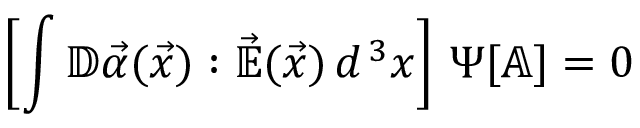
\left[ \int \mathbb { D } \vec { \alpha } ( \vec { x } ) : \vec { \mathbb { E } } ( \vec { x } ) \, d ^ { \, 3 } x \right] \, \Psi [ \mathbb { A } ] = 0